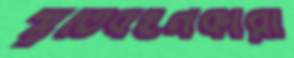
স্মৃতিবহনকারী